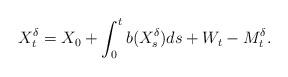
LaTeX: \begin{align*}X^\delta_{t}=X_0 + \int_{0}^{t}b(X^\delta_{s})ds + W_{t}-M^\delta_{t}.\end{align*}